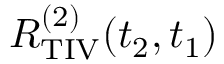
R _ { \mathrm { T I V } } ^ { ( 2 ) } ( t _ { 2 } , t _ { 1 } )